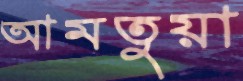
আমতুয়া